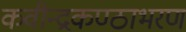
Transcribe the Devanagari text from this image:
कवीन्द्रकण्ठाभरण